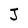
Character: J